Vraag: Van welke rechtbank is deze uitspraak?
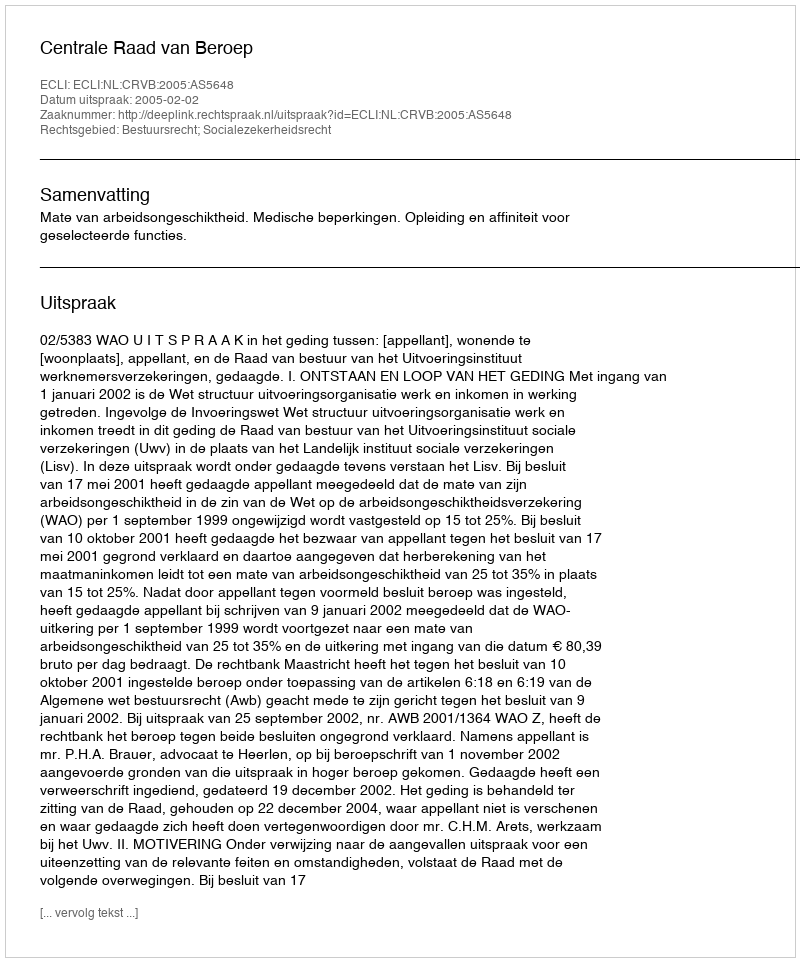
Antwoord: Centrale Raad van Beroep